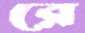
রে